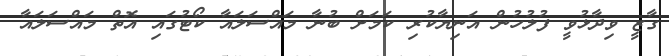
ގާޒީ ވިދާޅުވީ ފުލުހުން އަނިޔާކުރި ކަމަށް ބުނާ މައްސަލައާ ކޯޓުގައި އޮތް މައްސަލައާ